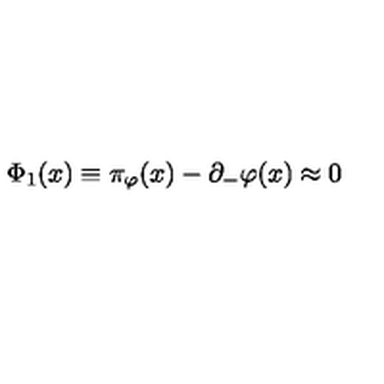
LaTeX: \Phi _ { 1 } ( x ) \equiv \pi _ { \varphi } ( x ) - \partial _ { - } \varphi ( x ) \approx 0 \quad